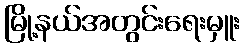
မြို့နယ်အတွင်းရေးမှူး